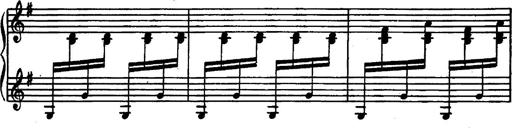
Title: Magyar rapszÃ³diÃ¡k
Composer: Franz Liszt